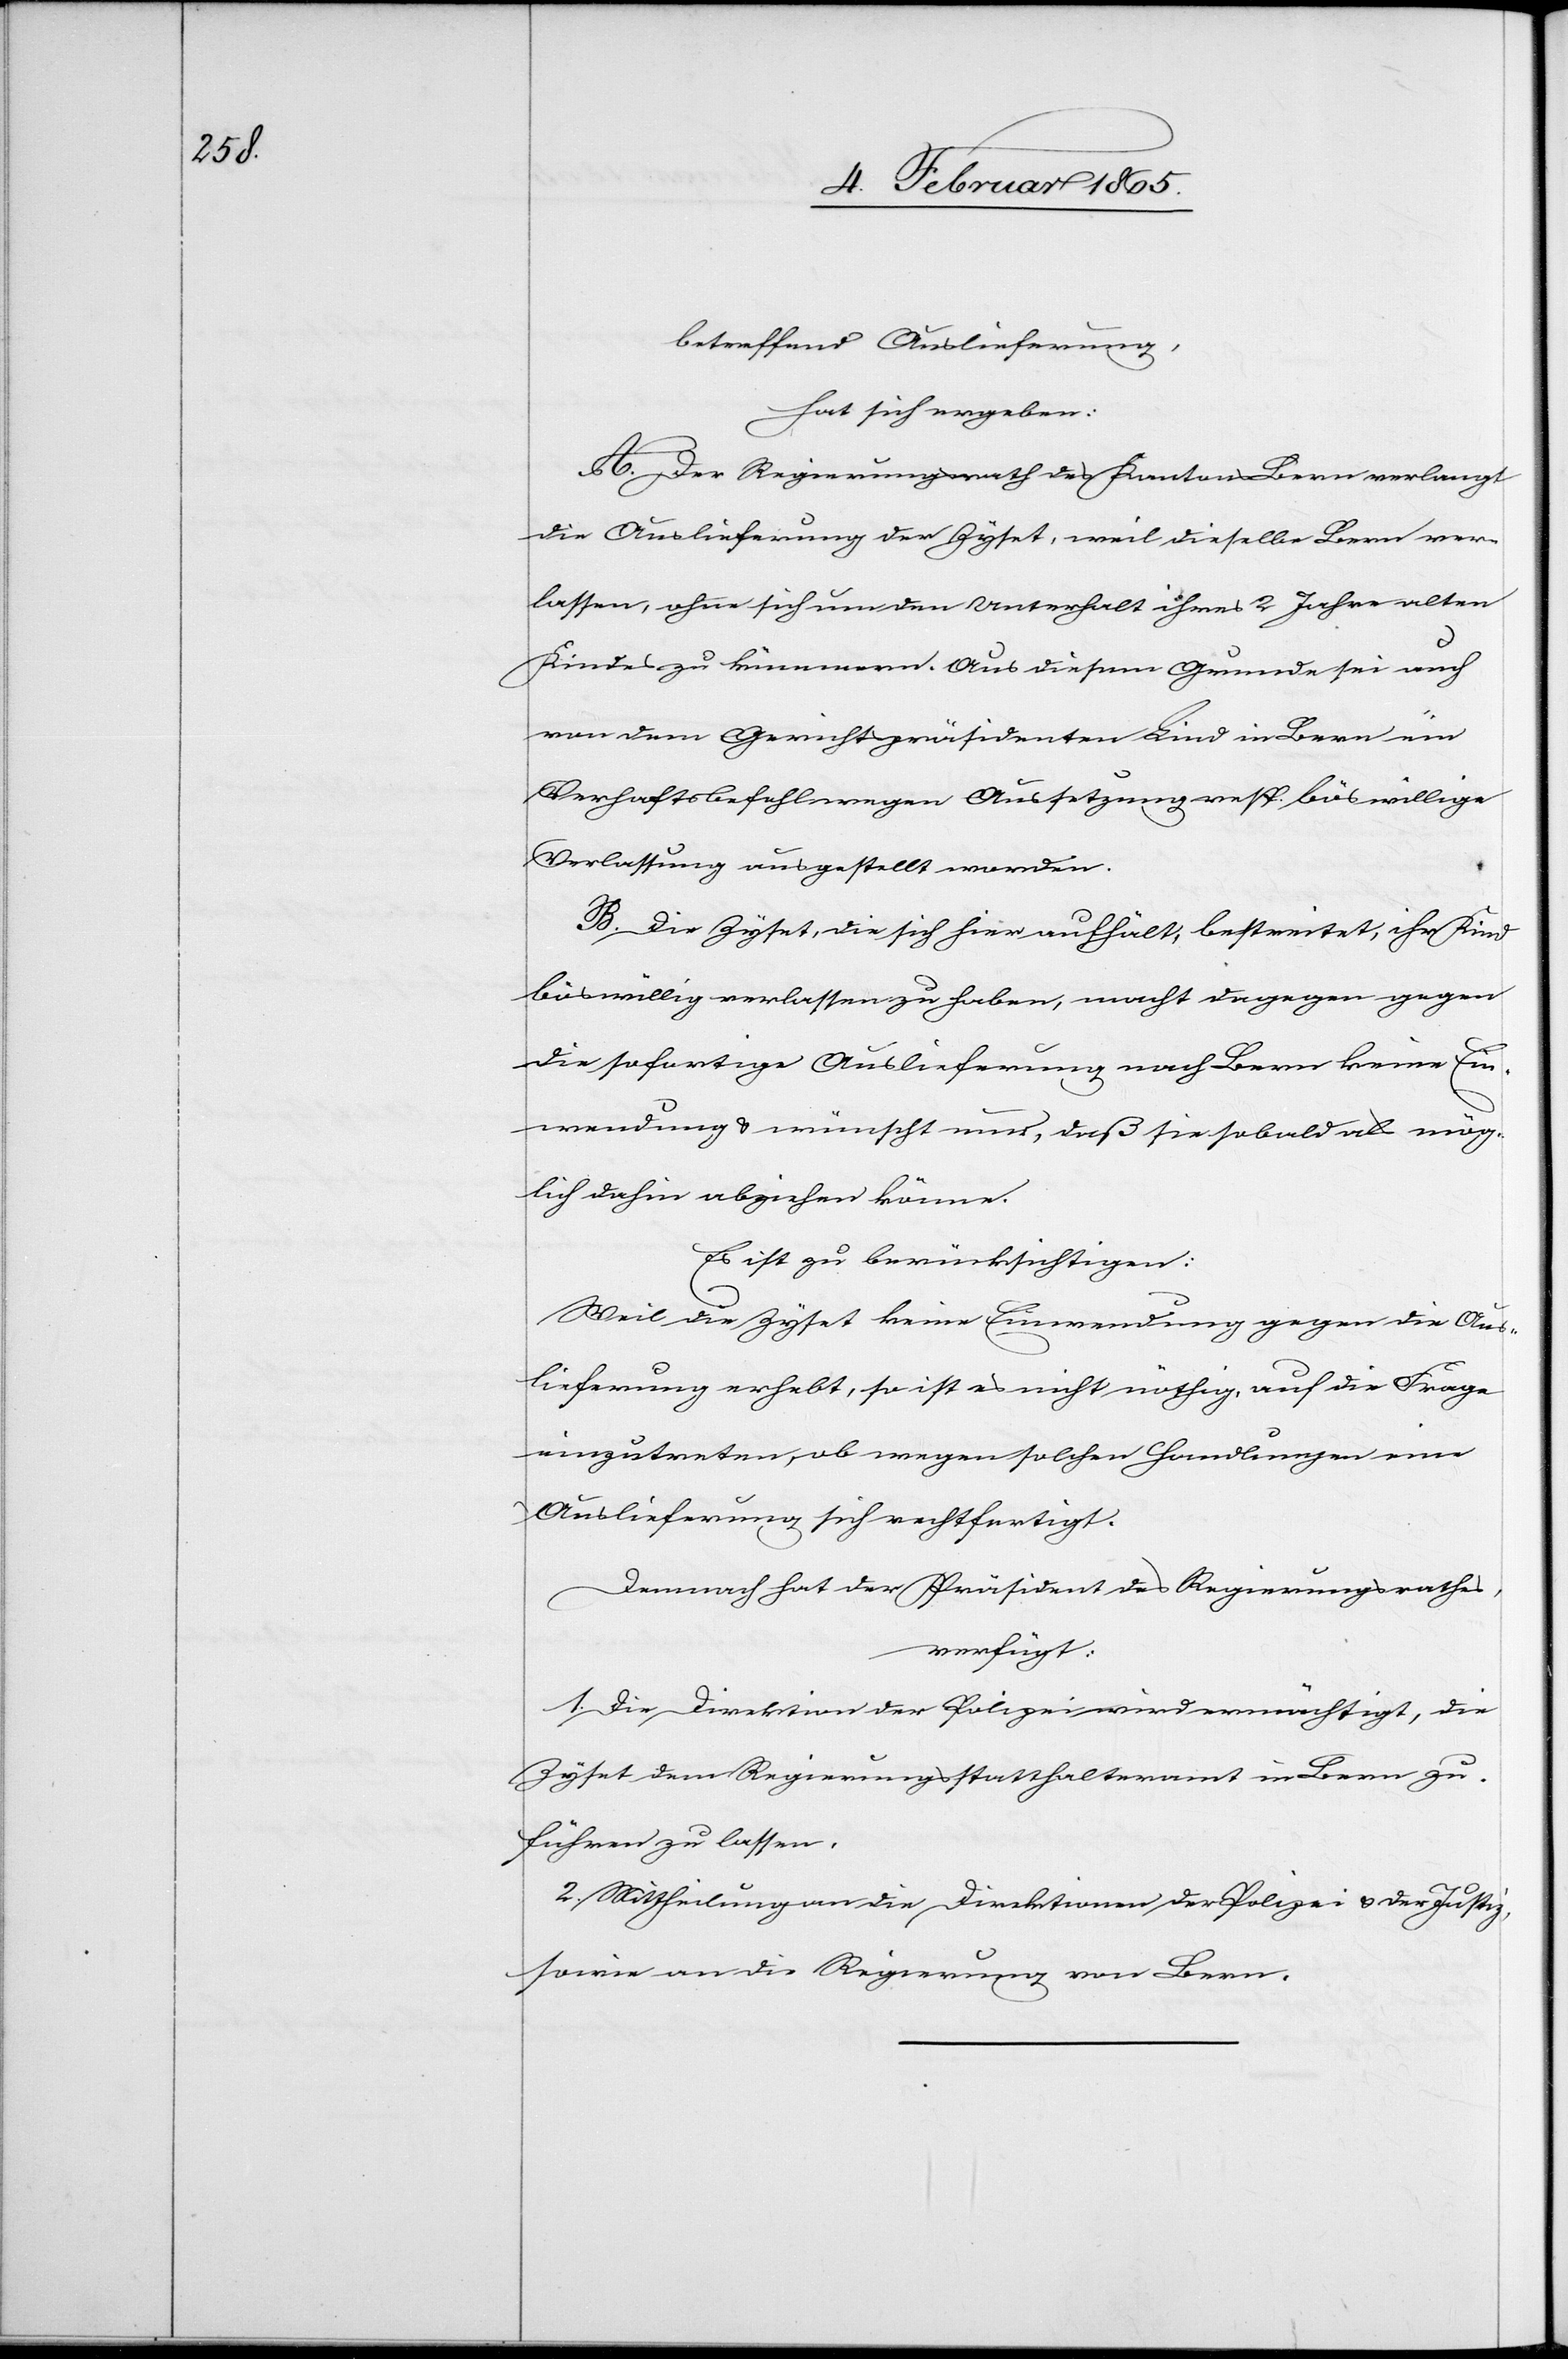
betreffend Auslieferung,
hat sich ergeben:
A. Der Regierungsrath des Kantons Bern verlangt
die Auslieferung der Zyset, weil dieselbe Bern ver¬
lassen, ohne sich um den Unterhalt ihres 2 Jahre alten
Kindes zu kümmern. Aus diesem Grunde sei auch
von dem Gerichtspräsidenten Lind in Bern ein
Verhaftsbefehl wegen Aussetzung resp. böswillige
Verlassung ausgestellt worden.
B. Die Zyset, die sich hier aufhält, bestreitet, ihr Kind
böswillig verlassen zu haben, macht dagegen gegen
die sofortige Auslieferung nach Bern keine Ein¬
wendung u. wünscht nur, daß sie sobald als mög¬
lich dahin abziehen könne.
Es ist zu berücksichtigen:
Weil die Zyset keine Einwendung gegen die Aus¬
lieferung erhebt, so ist es nicht nöthig, auf die Frage
einzutreten, ob wegen solchen Handlungen eine
Auslieferung sich rechtfertigt.
Demnach hat der Präsident des Regierungsrathes,
verfügt:
1. Die Direktion der Polizei wird ermächtigt, die
Zyset dem Regierungsstatthalteramt in Bern zu¬
führen zu lassen.
2. Mittheilung an die Direktion der Polizei u. der Justiz,
sowie an die Regierung von Bern.